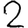
Digit: 2